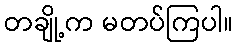
တချို့က မတပ်ကြပါ။